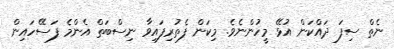
ނެތް ސިފަ ދައްކަން އުޅޭ މީހުންނެވެ. މިކަން ފެތުރިފައިވާ ނިސްބަތް އެންމެ ފަސޭހައިން